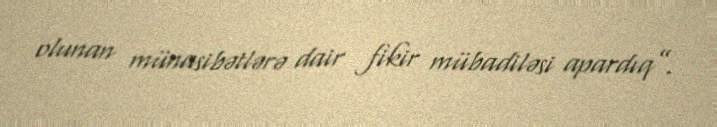
olunan münasibətlərə dair fikir mübadiləsi apardıq”.